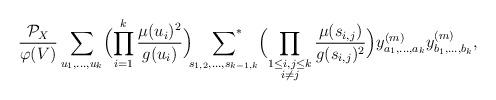
LaTeX: \begin{align*}\frac{\mathcal{P}_X}{\varphi(V)}\sum_{u_1,\ldots,u_k}\Bigl(\prod_{i=1}^k\frac{\mu(u_i)^2}{g(u_i)}\Bigr)\sideset{}{^*}\sum_{s_{1,2},\ldots,s_{k-1,k}}\Bigl(\prod_{\substack{1\leq i,j\leq k\\i\neq j}}\frac{\mu(s_{i,j})}{g(s_{i,j})^2}\Bigr)y^{(m)}_{a_1,\ldots,a_k}y^{(m)}_{b_1,\ldots,b_k},\end{align*}